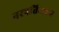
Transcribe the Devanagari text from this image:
नरपतिः॥२॥